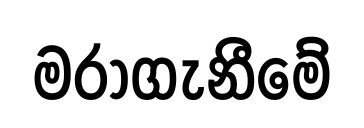
මරාගැනීමේ